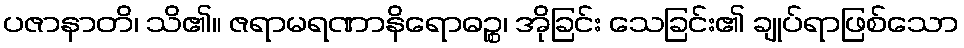
ပဇာနာတိ၊ သိ၏။ ဇရာမရဏာနိရောဓဉ္စ၊ အိုခြင်း သေခြင်း၏ ချုပ်ရာဖြစ်သော